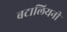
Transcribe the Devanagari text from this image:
बटालियनी